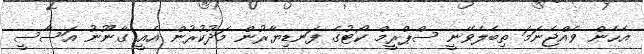
އެހެން ވެއްޖެނަމަ ތިބެލެވޭނީ ސްޕްރީމް ކޯޓުގެ ފަނޑިޔާރުން މަދުކުރުން އެއީ ގާނޫނު އަސާސީ